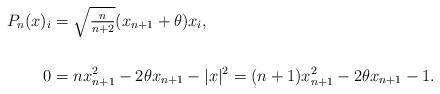
LaTeX: \begin{align*}P_{n}(x)_{i} &= \sqrt{\tfrac{n}{n+2}}(x_{n+1}+ \theta)x_{i} ,\\\\0 &= nx_{n+1}^{2} - 2\theta x_{n+1} - |x|^{2} = (n+1)x_{n+1}^{2} - 2\theta x_{n+1} - 1.\end{align*}